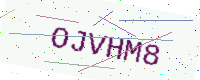
Text: OJVHM8